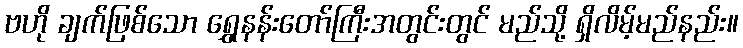
ဗဟို ချက်ဖြစ်သော ရွှေနန်းတော်ကြီးအတွင်းတွင် မည်သို့ ရှိလိမ့်မည်နည်း။